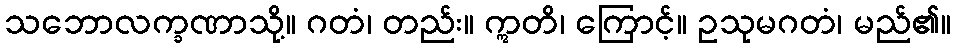
သဘောလက္ခဏာသို့။ ဂတံ၊ တည်း။ ဣတိ၊ ကြောင့်။ ဥသုမဂတံ၊ မည်၏။